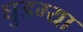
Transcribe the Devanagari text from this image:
घुडग्या